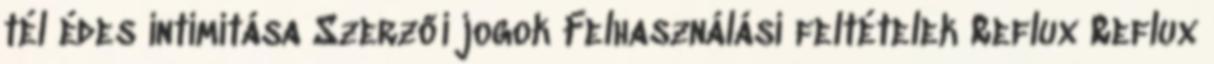
tél édes intimitása Szerzői jogok Felhasználási feltételek Reflux Reflux